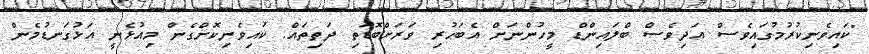
"ކައިވެނިކުރުމުގައިވެސް އަދިވެސް ބްލައިންޑް މީހުންނަށް އެބަހުރި ވަރަށްބޮޑަތި ދަތިތައް. ކައިވެނިކޮށްގެން މިއުޅެނީ އަޅުގަނޑުމެން